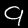
Digit: 9